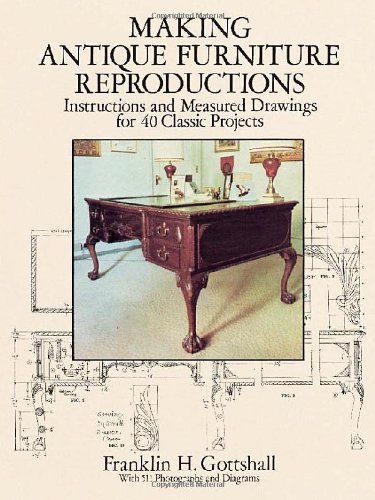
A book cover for Making Antique Furniture Reproductions: Instructions and Measured Drawings for 40 Classic Projects (Dover Woodworking); Franklin H. Gottshall; Crafts, Hobbies & Home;